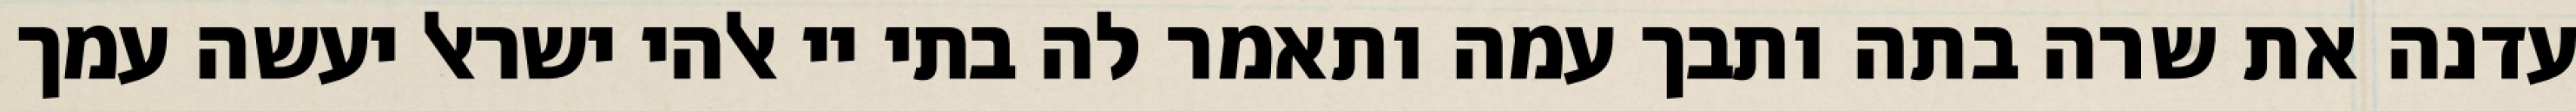
עדנה את שרה בתה ותבך עמה ותאמר לה בתי יי אלהי ישראל יעשה עמך